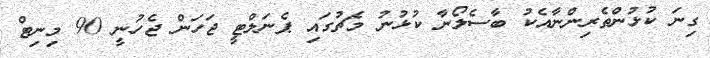
ގިނަ ކުޅުންތެރިންނާއެކު ބާސެލޯނާ ކުޅުނު މެޗުގައި ޕެނަލްޓީ ޖަހަން ޖެހުނީ 90 މިނިޓް